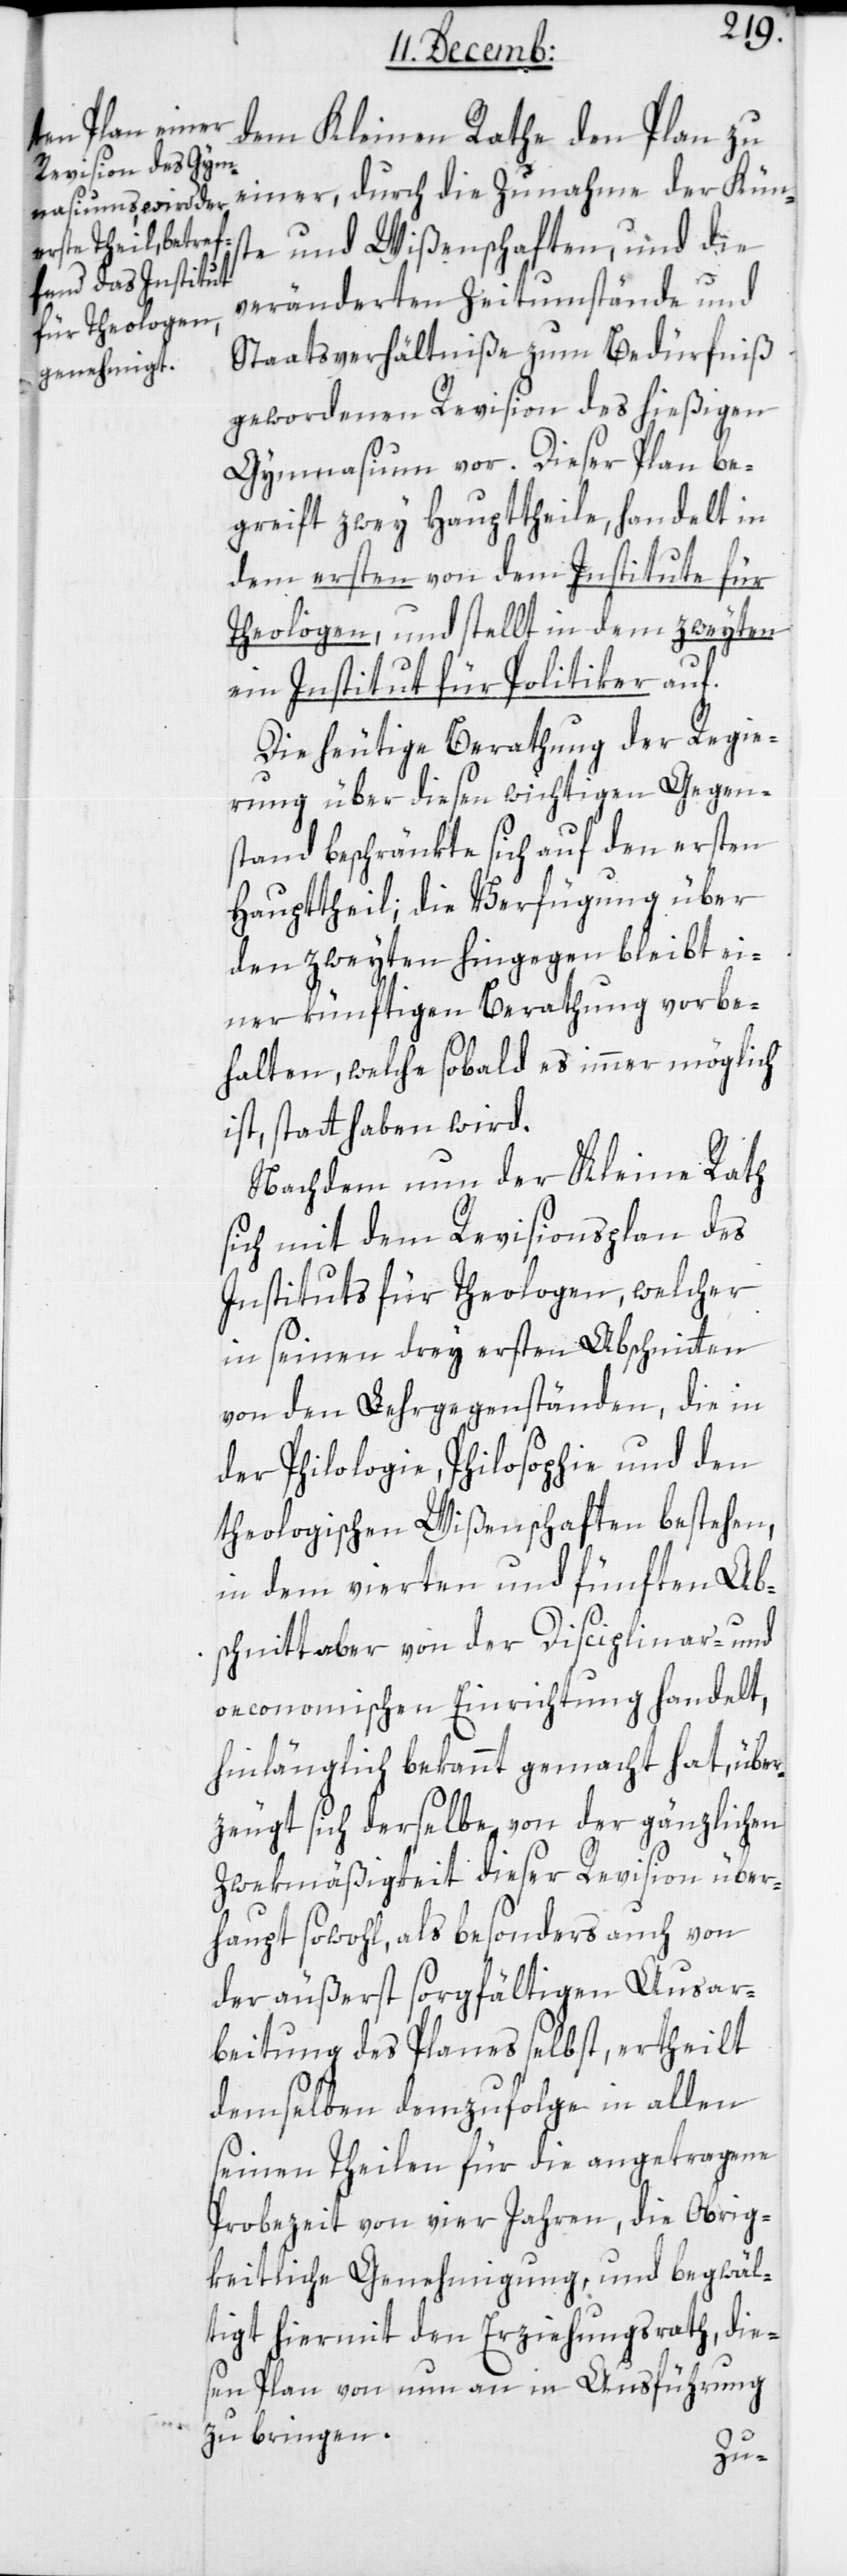
dem Kleinen Rathe den Plan zu
einer, durch die Zunahme der Kün¬
ste und Wißenschaften, und die
veränderten Zeitumstände und
Staatsverhältniße zum Bedürfniß
gewordenen Revision des hießigen
Gymnasium vor. Dieser Plan be¬
greift zwey Haupttheile, handelt in
dem ersten von dem Institute für
Theologen, und stellt in dem zweyten
ein Institut für Politiker auf.
Die heutige Berathung der Regie¬
rung über diesen wichtigen Gegen¬
stand beschränkte sich auf den ersten
Haupttheil, die Verfügung über
den zweyten hingegen bleibt ei¬
ner künftigen Berathung vorbe¬
halten, welche, sobald es immer möglich
ist, statt haben wird.
Nachdem nun der Kleine Rath
sich mit dem Revisionsplan des
Instituts für Theologen, welcher
in seinen drey ersten Abschnitten
von den Lehrgegenständen, die in
der Philologie, Philosophie und den
theologischen Wißenschaften bestehen,
in dem vierten und fünften Abs¬
chnitt aber von der Disciplinar- und
oeconomischen Einrichtung handelt,
hinlänglich bekannt gemacht hat, über¬
zeugt sich derselbe von der gänzlichen
Zwekmäßigkeit dieser Revision über¬
haupt sowohl, als besonders auch von
der äußerst sorgfältigen Ausar¬
beitung des Planes selbst, ertheilt
demselben demzufolge in allen
seinen Teilen für die angetragene
Probezeit von vier Jahren, die Obrig¬
keitliche Genehmigung, und begwäl¬
tigt hiermit den Erziehungsrat, dies¬
en Plan von nun an in Ausführung
zu bringen.